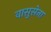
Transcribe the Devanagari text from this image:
वासुसेना